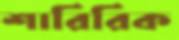
শারিরিক